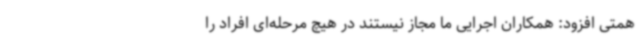
همتی افزود: همکاران اجرایی ما مجاز نیستند در هیچ مرحله‌ای افراد را